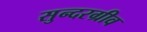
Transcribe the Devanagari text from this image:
सुन्दरग्रीव